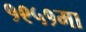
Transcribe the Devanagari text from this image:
१९५१मा